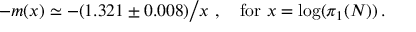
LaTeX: - m ( x ) \simeq - ( 1 . 3 2 1 \pm 0 . 0 0 8 ) \big / x \ , \quad \mathrm { f o r ~ } x = \log ( \pi _ { 1 } ( N ) ) \, .